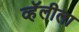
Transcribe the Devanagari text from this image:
व्हॅलीला